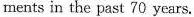
ments in the past 70 years.